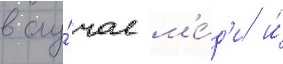
в слу́чае м'е́д'и и́